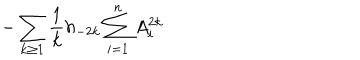
- \sum _ { k \ge 1 } { \frac { 1 } { k } } h _ { - 2 k } \sum _ { i = 1 } ^ { n } A _ { i } ^ { 2 k }